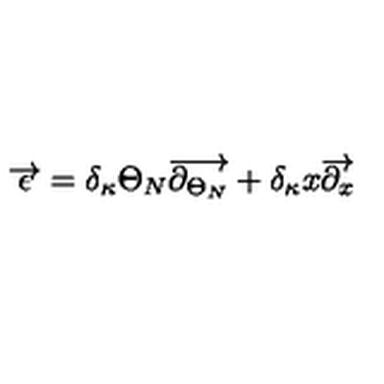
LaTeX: \overrightarrow { \epsilon } = \delta _ { \kappa } \Theta _ { N } \overrightarrow { \partial _ { \Theta _ { N } } } + \delta _ { \kappa } x \overrightarrow { \partial _ { x } }